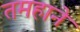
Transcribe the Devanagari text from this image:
तमहाने